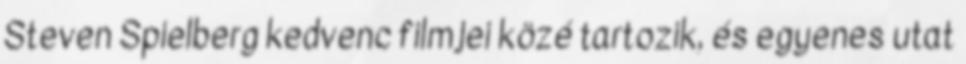
Steven Spielberg kedvenc filmjei közé tartozik, és egyenes utat